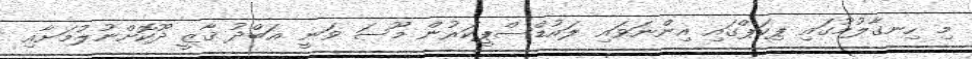
މި ހިނގާލުމުގައި ޕިކަޕްގައި އިންނަވައި ލައުޑްސްޕީކަރުން މޫސަ ވަނީ ޢަބްދު ޤާޒީ ދޫކޮށްނުލުމަށާއި